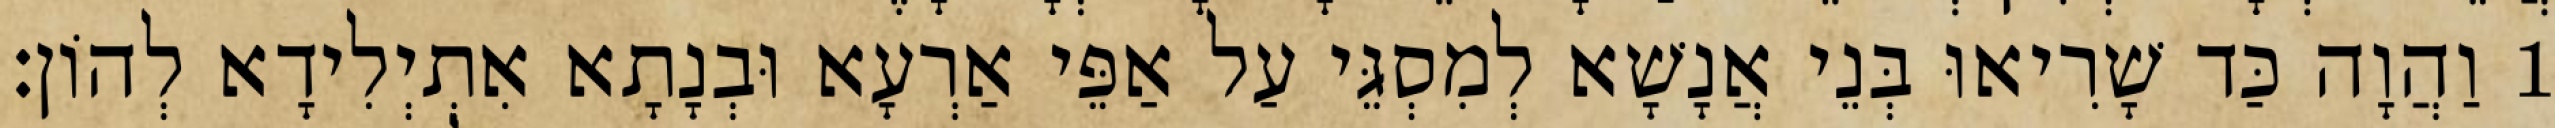
1 וַהֲוָה כַּד שָׁרִיאוּ בְּנֵי אֲנָשָׁא לְמִסְגֵּי עַל אַפֵּי אַרְעָא וּבְנָתָא אִתְיְלִידָא לְהוֹן׃